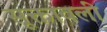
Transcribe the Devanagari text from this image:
सूक्तावली